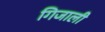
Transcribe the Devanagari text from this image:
गिजाली